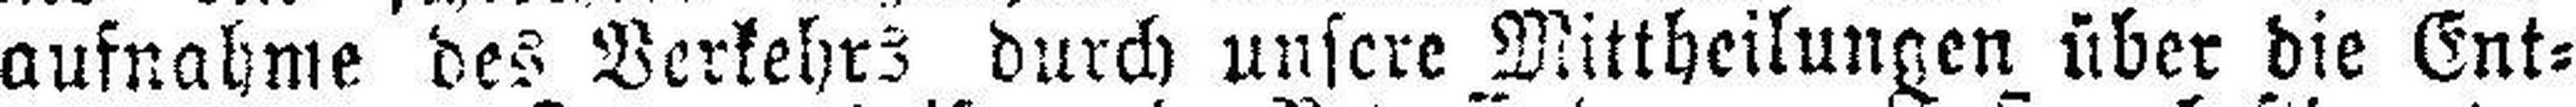
aufnahme des Verkehrs durch unsere Mittheilungen über die Ent¬